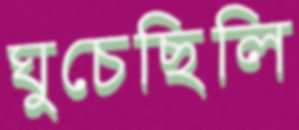
ঘুচেছিলি